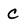
Character: c